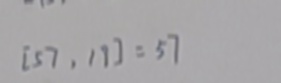
[ 5 7 , 1 9 ] = 5 7